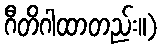
ဂီတိဂါထာတည်း။)